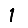
Digit: 1